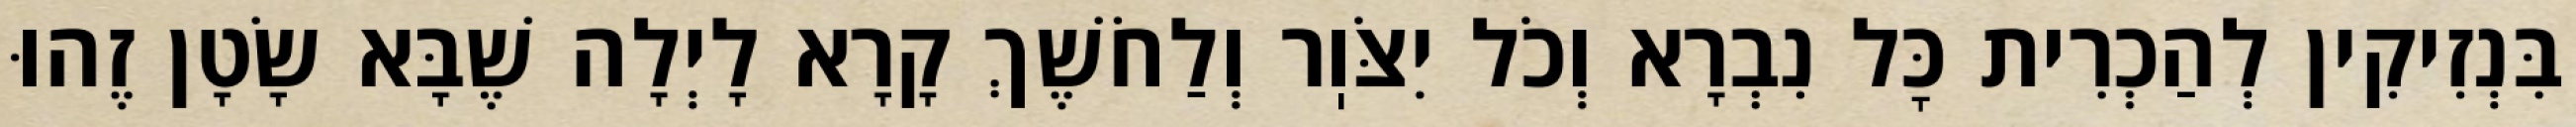
בִּנְזִיקִין לְהַכְרִית כׇּל נִבְרָא וְכֹל יִצֹּוֽר וְלַחֹשֶׁךְ קָרָא לָיְלָה שֶׁבָּא שָׂטָן זֶהוּ